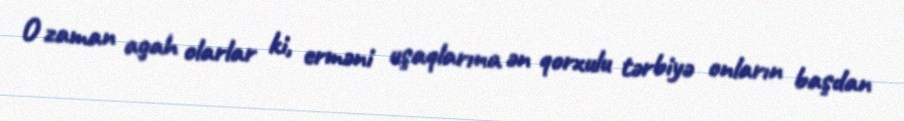
O zaman agah olarlar ki, erməni uşaqlarına ən qorxulu tərbiyə onların başdan